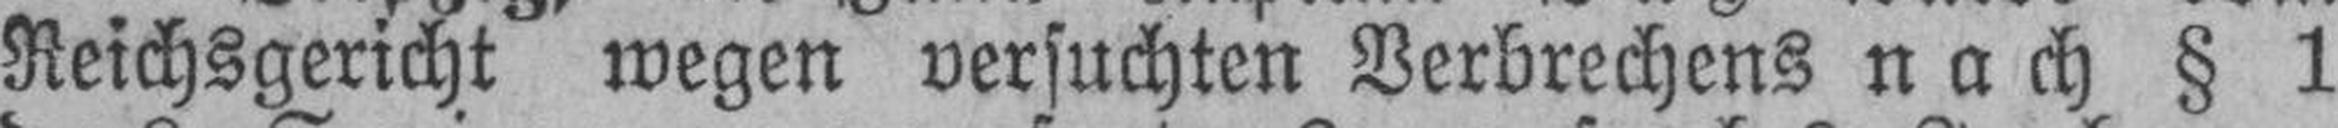
Reichsgericht wegen versuchten Verbrechens nach § 1